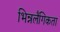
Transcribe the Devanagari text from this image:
भिन्नलैंगिकता